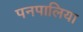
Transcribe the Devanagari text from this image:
पनपालिया